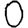
Digit: 0